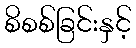
စိစစ်ခြင်းနှင့်